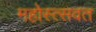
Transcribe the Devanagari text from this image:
महोस्त्सवत